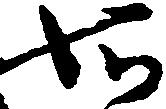
知